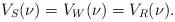
LaTeX: \begin{align*}V_S(\nu)=V_W(\nu)= V_R(\nu).\end{align*}